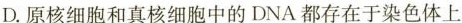
D. 原核细胞和真核细胞中的DNA都存在于染色体上